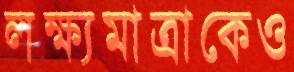
লক্ষ্যমাত্রাকেও